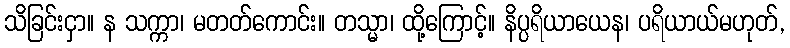
သိခြင်းငှာ။ န သက္ကာ၊ မတတ်ကောင်း။ တသ္မာ၊ ထို့ကြောင့်။ နိပ္ပရိယာယေန၊ ပရိယာယ်မဟုတ်,